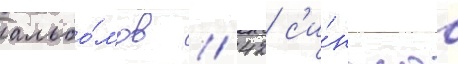
альбо́мов / 42 с'и́нглов